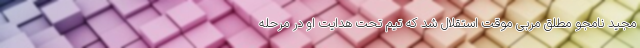
مجید نامجو مطلق مربی موقت استقلال شد که تیم تحت هدایت او در مرحله